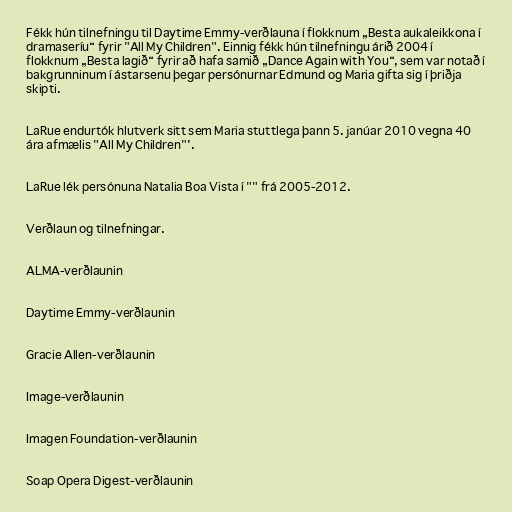
Fékk hún tilnefningu til Daytime Emmy-verðlauna í flokknum „Besta aukaleikkona í
dramaseríu“ fyrir "All My Children". Einnig fékk hún tilnefningu árið 2004 í
flokknum „Besta lagið“ fyrir að hafa samið „Dance Again with You“, sem var notað í
bakgrunninum í ástarsenu þegar persónurnar Edmund og Maria gifta sig í þriðja
skipti.

LaRue endurtók hlutverk sitt sem Maria stuttlega þann 5. janúar 2010 vegna 40
ára afmælis "All My Children"'.

LaRue lék persónuna Natalia Boa Vista í "" frá 2005-2012.

Verðlaun og tilnefningar.

ALMA-verðlaunin

Daytime Emmy-verðlaunin

Gracie Allen-verðlaunin

Image-verðlaunin

Imagen Foundation-verðlaunin

Soap Opera Digest-verðlaunin